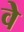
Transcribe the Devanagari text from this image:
वेे